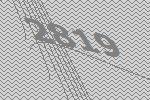
2819